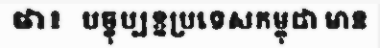
ថា៖  បច្ចុប្បន្នប្រទេសកម្ពុជា មាន